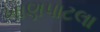
ખાણપાટલા